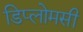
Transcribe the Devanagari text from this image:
डिप्लोमसी